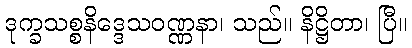
ဒုက္ခသစ္စနိဒ္ဒေသဝဏ္ဏနာ၊ သည်။ နိဋ္ဌိတာ၊ ပြီ။